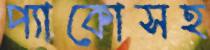
প্যাকোসহ